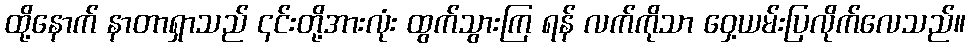
ထို့နောက် နာတာရှာသည် ၎င်းတို့အားလုံး ထွက်သွားကြ ရန် လက်ကိုသာ ဝှေ့ယမ်းပြလိုက်လေသည်။